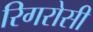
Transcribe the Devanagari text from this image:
रिगरोसी